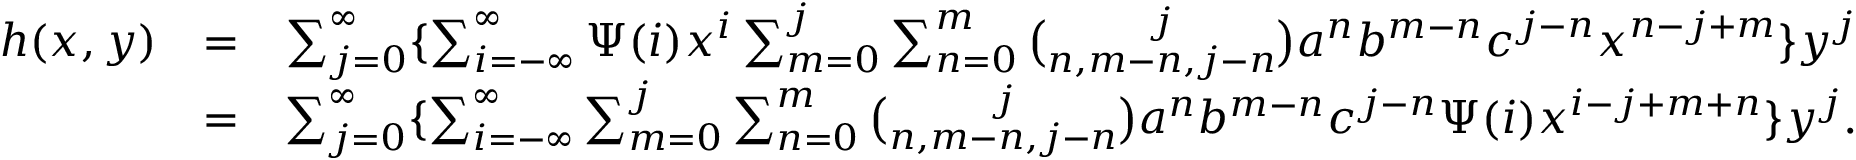
\begin{array} { r l r } { h ( x , y ) } & { = } & { \sum _ { j = 0 } ^ { \infty } \{ \sum _ { i = - \infty } ^ { \infty } \Psi ( i ) x ^ { i } \sum _ { m = 0 } ^ { j } \sum _ { n = 0 } ^ { m } \binom { j } { n , m - n , j - n } a ^ { n } b ^ { m - n } c ^ { j - n } x ^ { n - j + m } \} y ^ { j } } \\ & { = } & { \sum _ { j = 0 } ^ { \infty } \{ \sum _ { i = - \infty } ^ { \infty } \sum _ { m = 0 } ^ { j } \sum _ { n = 0 } ^ { m } \binom { j } { n , m - n , j - n } a ^ { n } b ^ { m - n } c ^ { j - n } \Psi ( i ) x ^ { i - j + m + n } \} y ^ { j } . } \end{array}